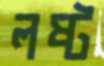
লষ্ট